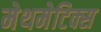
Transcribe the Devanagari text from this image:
मेथमेटिक्स